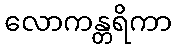
လောကန္တရိကာ